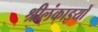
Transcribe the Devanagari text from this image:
श्रीलंकाइयों